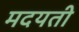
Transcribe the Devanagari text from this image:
मदयती